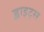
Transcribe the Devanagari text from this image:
ह्वाइट्स